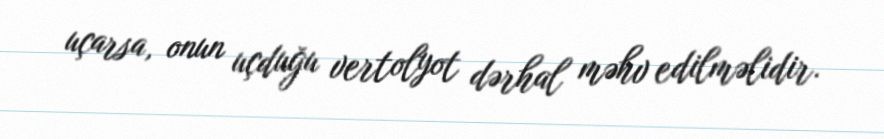
uçarsa, onun uçduğu vertolyot dərhal məhv edilməlidir.